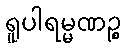
ရူပါရမ္မဏဉ္စ